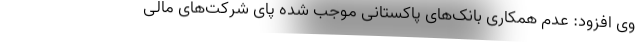
وی افزود: عدم همکاری بانک‌های پاکستانی موجب شده پای شرکت‌های مالی